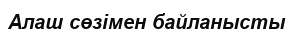
Алаш сөзімен байланысты